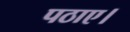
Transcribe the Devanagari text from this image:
पठाए।